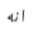
انه